Problem: 32 + 32 = ?
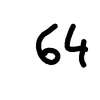
Handwritten answer: 64